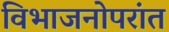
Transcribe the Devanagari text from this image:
विभाजनोपरांत